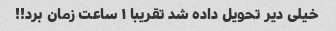
خیلی دیر تحویل داده شد تقریبا ۱ ساعت زمان برد!!